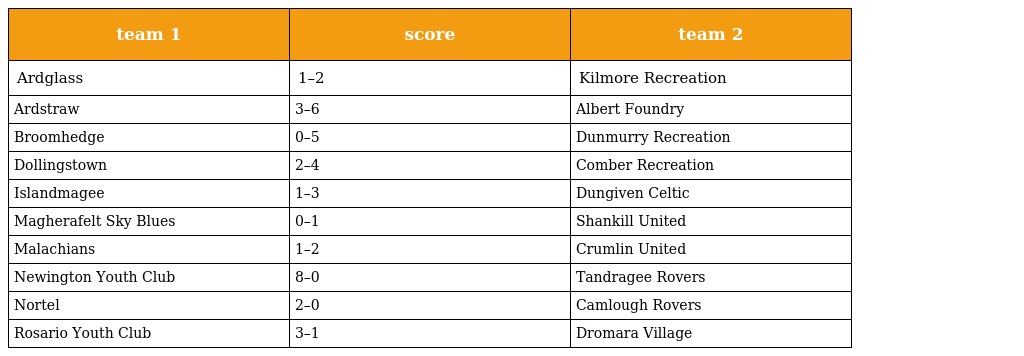
| team 1 | score | team 2 |
 | --- | --- | --- |
 | Ardglass | 1–2 | Kilmore Recreation |
 | Ardstraw | 3–6 | Albert Foundry |
 | Broomhedge | 0–5 | Dunmurry Recreation |
 | Dollingstown | 2–4 | Comber Recreation |
 | Islandmagee | 1–3 | Dungiven Celtic |
 | Magherafelt Sky Blues | 0–1 | Shankill United |
 | Malachians | 1–2 | Crumlin United |
 | Newington Youth Club | 8–0 | Tandragee Rovers |
 | Nortel | 2–0 | Camlough Rovers |
 | Rosario Youth Club | 3–1 | Dromara Village |